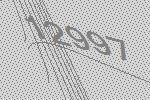
12997